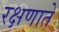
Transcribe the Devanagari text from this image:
रक्षणाते